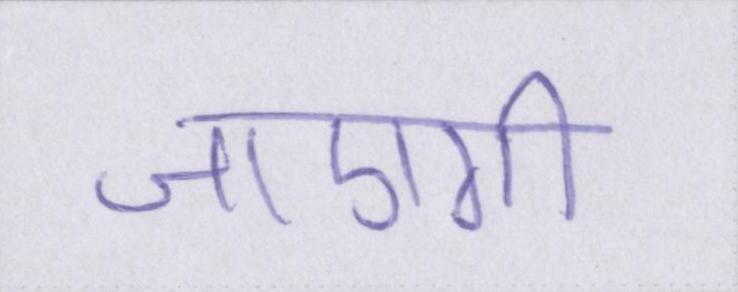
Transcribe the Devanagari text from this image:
जाएगी